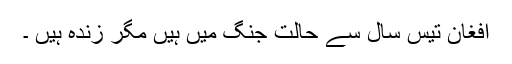
افغان تیس سال سے حالت جنگ میں ہیں مگر زندہ ہیں ۔